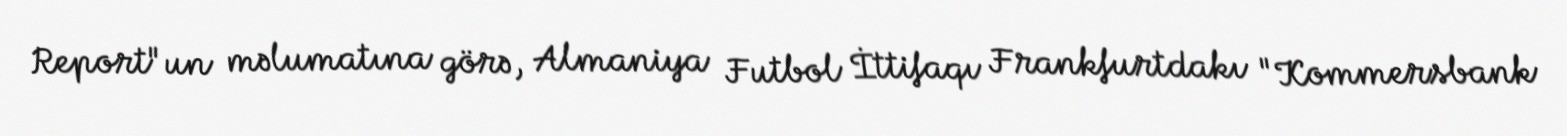
Report"un məlumatına görə, Almaniya Futbol İttifaqı Frankfurtdakı "Kommersbank